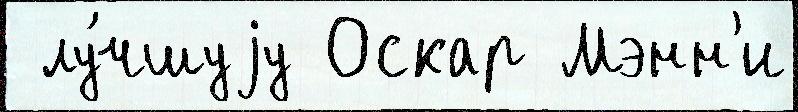
 лу́чшуjу Оскар Мэнн'и